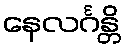
နေလင်္ဂန္တိ